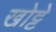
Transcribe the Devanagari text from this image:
खोट्टे